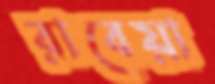
রাবেয়া